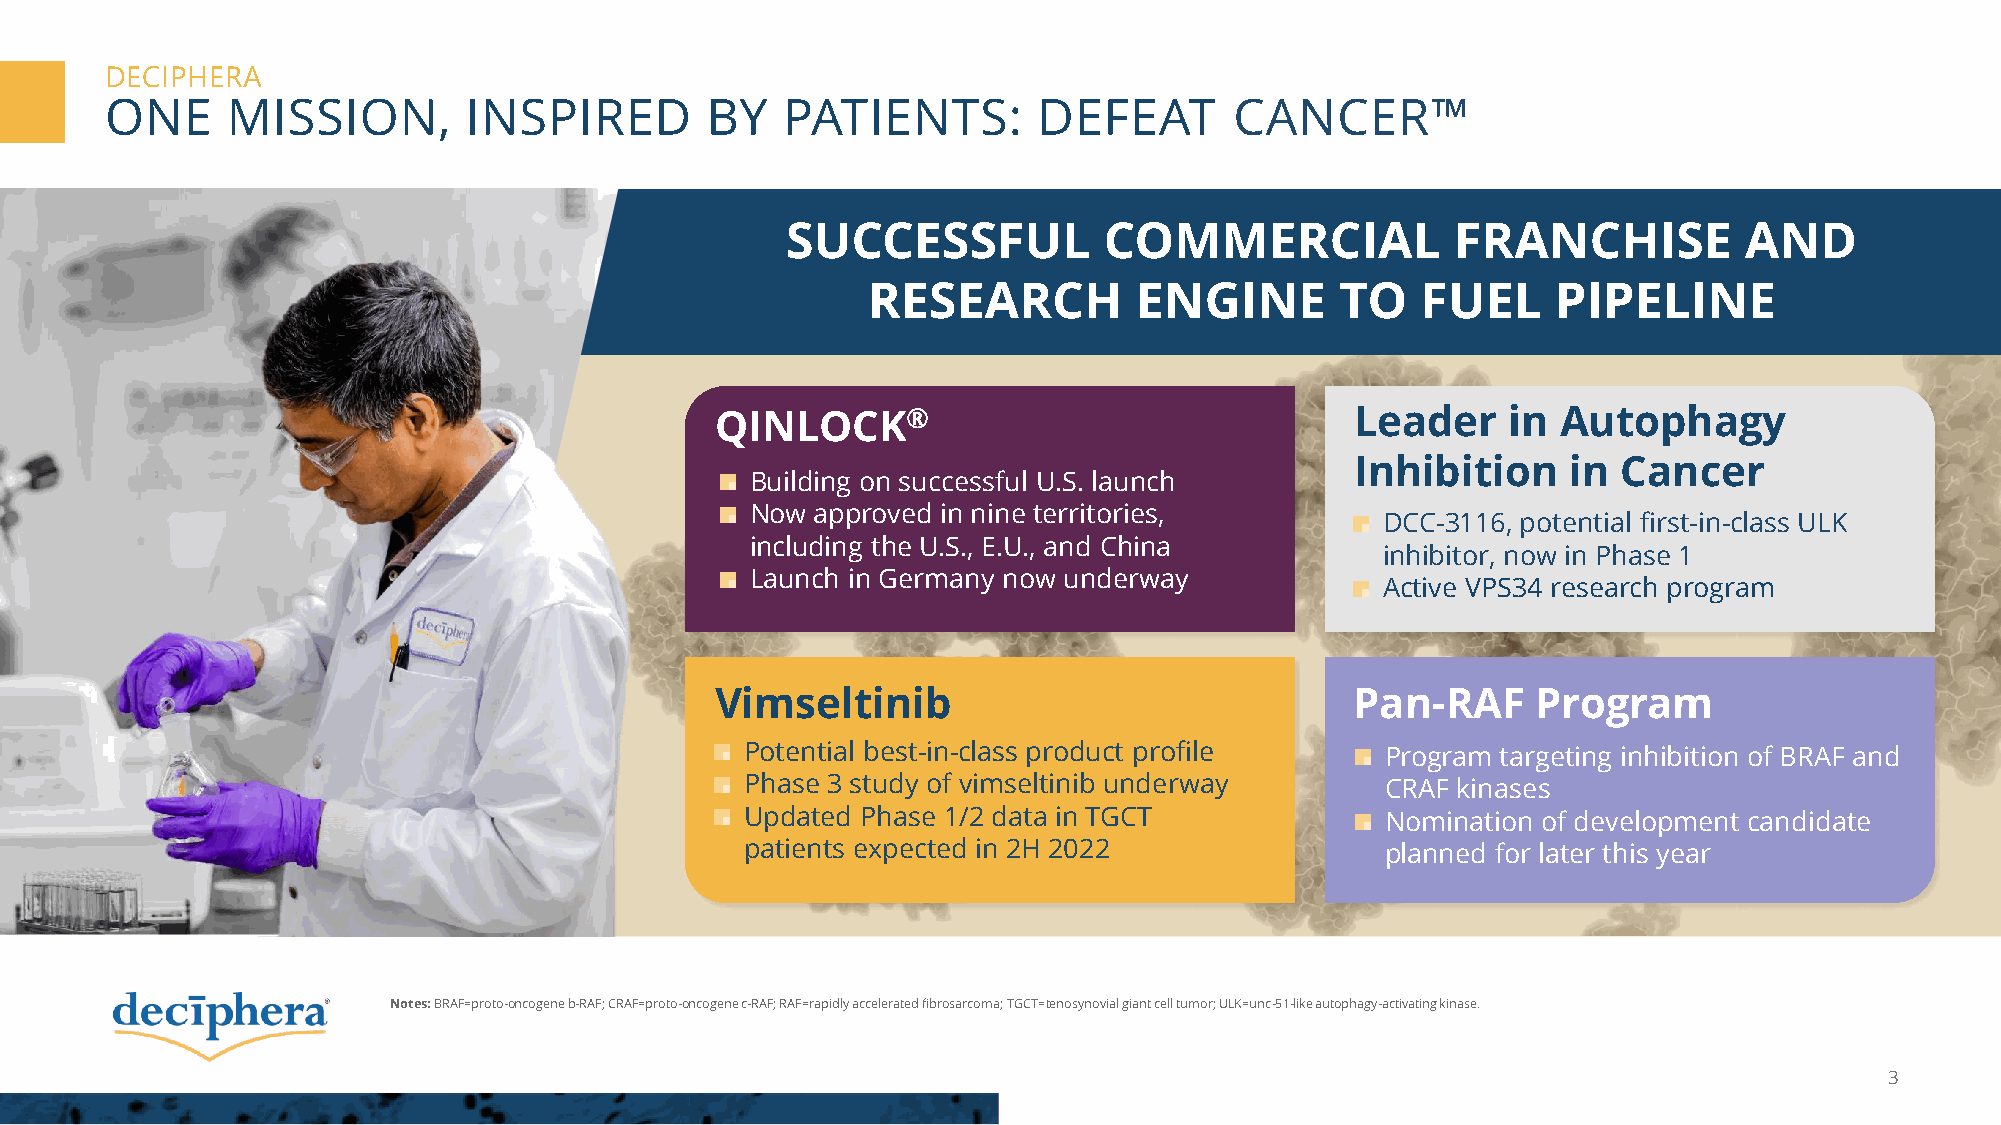
DECIPHERA
 ONE     MISSION,        INSPIRED        BY   PATIENTS:        DEFEAT       CANCER™
 SUCCESSFUL           COMMERCIAL             FRANCHISE          AND
 RESEARCH          ENGINE        TO   FUEL     PIPELINE
 QINLOCK®                                   Leader    in Autophagy
 Inhibition    in Cancer
 Building on successful U.S. launch
 Now approved in nine territories,
 DCC-3116, potential first-in-class ULK
 including the U.S., E.U., and China
 inhibitor, now in Phase 1
 Launch in Germany now underway
 Active VPS34 research program
 Vimseltinib                                Pan-RAF     Program
 Potential best-in-class product profile    Program targeting inhibition of BRAF and
 Phase 3 study of vimseltinib underway      CRAF kinases
 Updated Phase 1/2 data in TGCT             Nomination of development candidate
 patients expected in 2H 2022               planned for later this year
 Notes: BRAF=proto-oncogene b-RAF; CRAF=proto-oncogene c-RAF; RAF=rapidly accelerated fibrosarcoma; TGCT=tenosynovialgiant cell tumor; ULK=unc-51-like autophagy-activating kinase.
 3